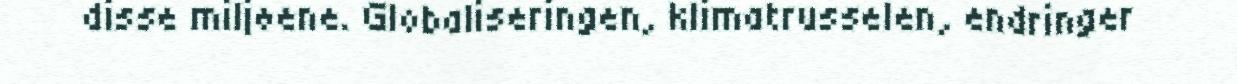
disse miljøene. Globaliseringen, klimatrusselen, endringer